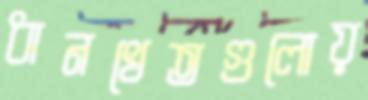
ধানখেতগুলোয়